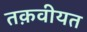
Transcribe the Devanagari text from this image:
तक़वीयत